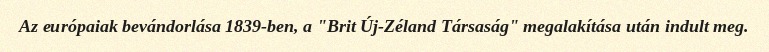
Az európaiak bevándorlása 1839-ben, a "Brit Új-Zéland Társaság" megalakítása után indult meg.